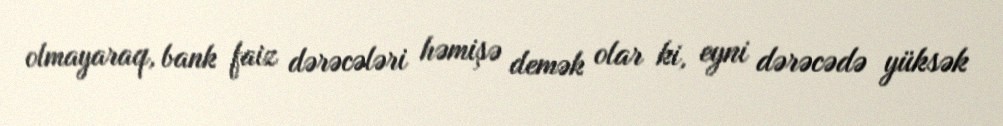
olmayaraq, bank faiz dərəcələri həmişə demək olar ki, eyni dərəcədə yüksək